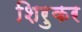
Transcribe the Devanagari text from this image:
शिरुकर